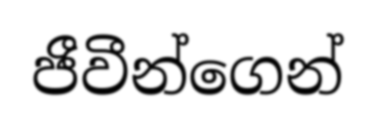
ජීවීන්ගෙන්